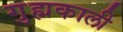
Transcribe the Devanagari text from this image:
गुह्मकाली